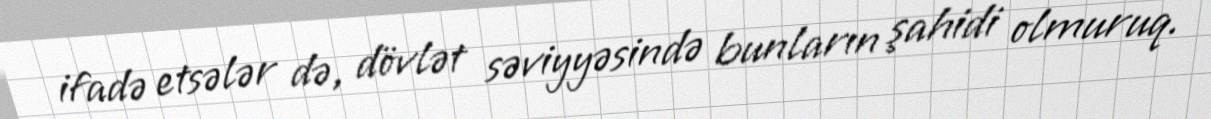
ifadə etsələr də, dövlət səviyyəsində bunların şahidi olmuruq.